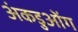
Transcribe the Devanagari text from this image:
अंकडुओंग